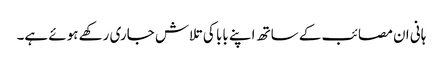
ہانی ان مصائب کے ساتھ اپنے بابا کی تلاش جاری رکھے ہوئے ہے۔